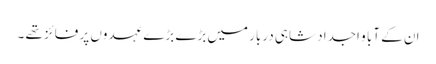
ان کے آبا و اجداد شاہی دربار میں بڑے بڑے عہدوں پر فائز تھے ۔